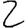
Digit: 2